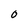
Character: O